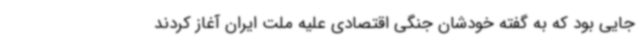
جایی بود که به گفته خودشان جنگی اقتصادی علیه ملت ایران آغاز کردند